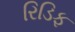
રિડિફ